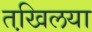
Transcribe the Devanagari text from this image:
तखि़लया